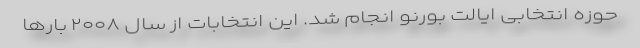
حوزه انتخابی ایالت بورنو انجام شد. این انتخابات از سال ۲۰۰۸ بار‌ها